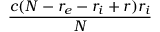
\frac { c ( N - r _ { e } - r _ { i } + r ) r _ { i } } { N }